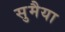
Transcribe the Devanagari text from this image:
सुमैया